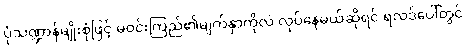
ပုံသဏ္ဍာန်မျိုးစုံဖြင့် မဝင်းကြည်၏မျက်နှာကိုလဲ လုပ်နေမယ်ဆိုရင် ရလဒ်ပေါ်တွင်